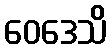
ဝေဒေသိ